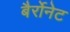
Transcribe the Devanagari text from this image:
बैर्रोनेट